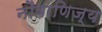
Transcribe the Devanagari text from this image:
नौवाणिज्य